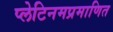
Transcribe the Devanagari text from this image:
प्लेटिनमप्रमाणित